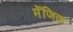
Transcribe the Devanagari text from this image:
मॆजिक